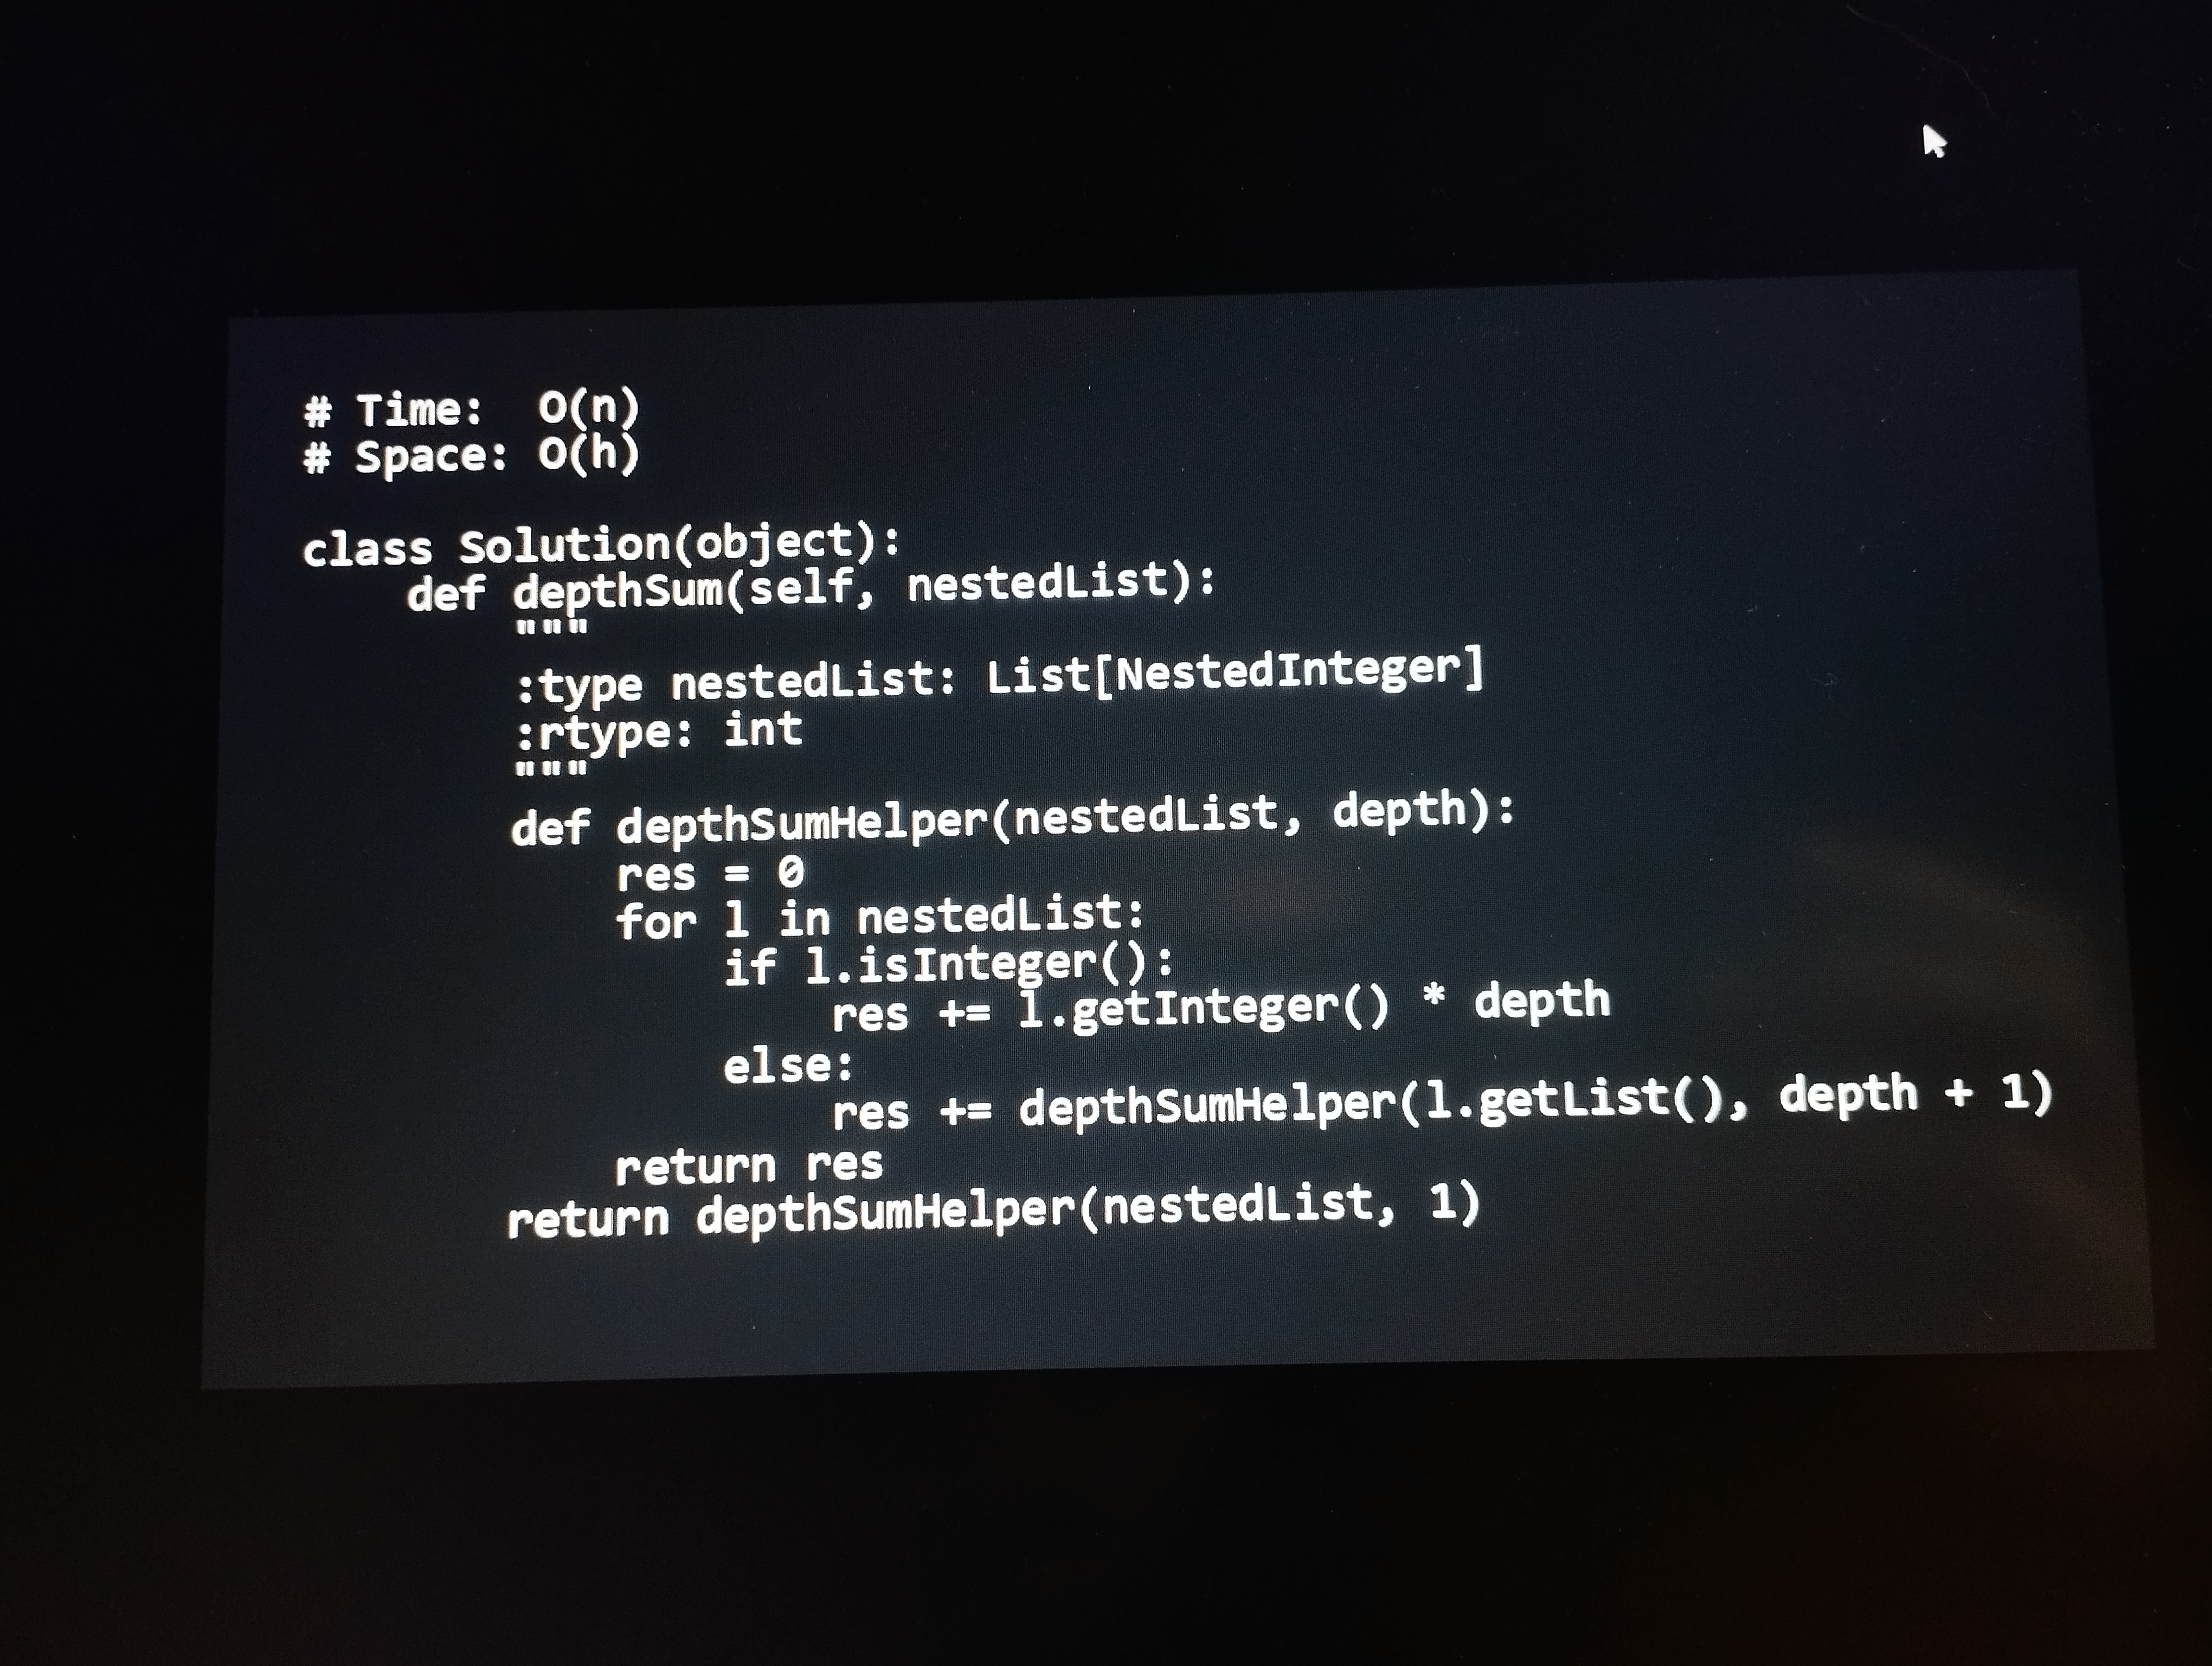
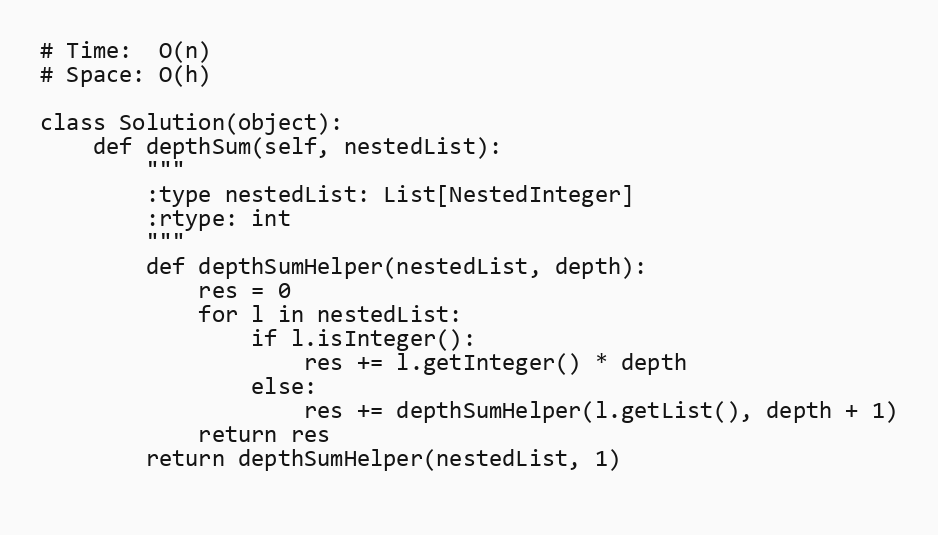
# Time:  O(n)
# Space: O(h)

class Solution(object):
    def depthSum(self, nestedList):
        """
        :type nestedList: List[NestedInteger]
        :rtype: int
        """
        def depthSumHelper(nestedList, depth):
            res = 0
            for l in nestedList:
                if l.isInteger():
                    res += l.getInteger() * depth
                else:
                    res += depthSumHelper(l.getList(), depth + 1)
            return res
        return depthSumHelper(nestedList, 1)